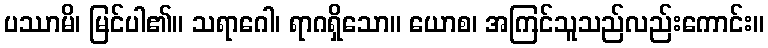
ပဿာမိ၊ မြင်ပါ၏။ သရာဂေါ၊ ရာဂရှိသော။ ယောစ၊ အကြင်သူသည်လည်းကောင်း။